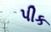
પીક